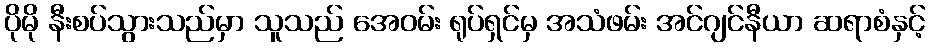
ပိုမို နီးစပ်သွားသည်မှာ သူသည် အေဝမ်း ရုပ်ရှင်မှ အသံဖမ်း အင်ဂျင်နီယာ ဆရာစံနှင့်